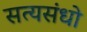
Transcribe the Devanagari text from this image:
सत्यसंधो